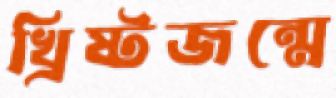
খ্রিষ্টজন্মে